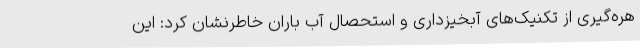
هره‌گیری از تکنیک‌های آبخیزداری و استحصال آب باران خاطرنشان کرد: این